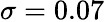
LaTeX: \sigma=0.07